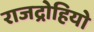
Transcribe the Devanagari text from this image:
राजद्रोहियो